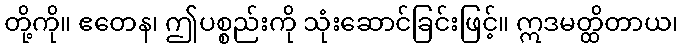
တို့ကို။ ဧတေန၊ ဤပစ္စည်းကို သုံးဆောင်ခြင်းဖြင့်။ ဣဒမတ္ထိတာယ၊